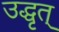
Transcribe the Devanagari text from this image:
उद्धृत्